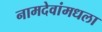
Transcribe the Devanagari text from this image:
नामदेवांमधला